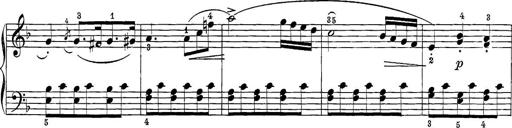
Title: 12 Sonatine per Pianoforte
Composer: Friedrich Kuhlau